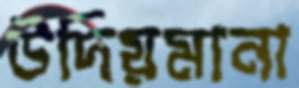
উদিয়মানা